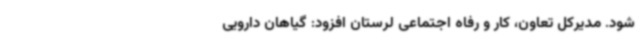
شود. مدیرکل تعاون، کار و رفاه اجتماعی لرستان افزود: گیاهان دارویی